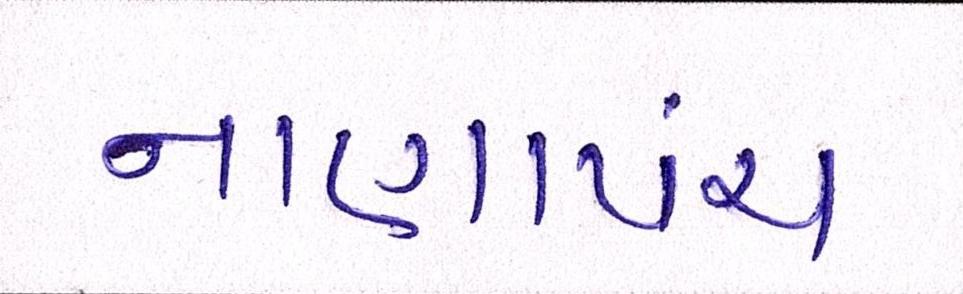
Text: નાણાંપંચ